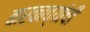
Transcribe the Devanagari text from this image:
बारकाव्यांची